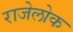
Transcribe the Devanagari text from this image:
राजेलोक